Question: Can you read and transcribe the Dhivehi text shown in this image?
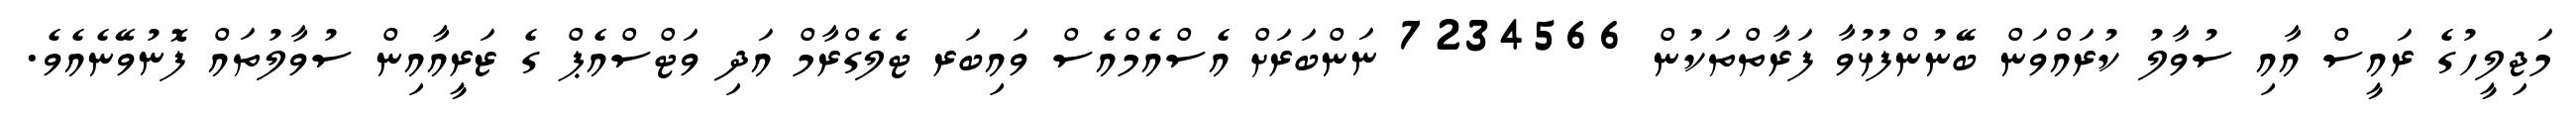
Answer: މަޖިލީހުގެ ރައީސް އާއި ސުވާލު ކުރައްވަން ބޭނުންފުޅުވާ ފަރާތްތަކުން 7234566 ނަންބަރަށް އެސްއެމްއެސް ވައިބަރ ޓެލެގްރާމް އަދި ވަޓްސްއެޕް ގެ ޒަރީއާއިން ސުވާލުތައް ފޮނުވޭނެއެވެ.